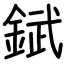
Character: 錻